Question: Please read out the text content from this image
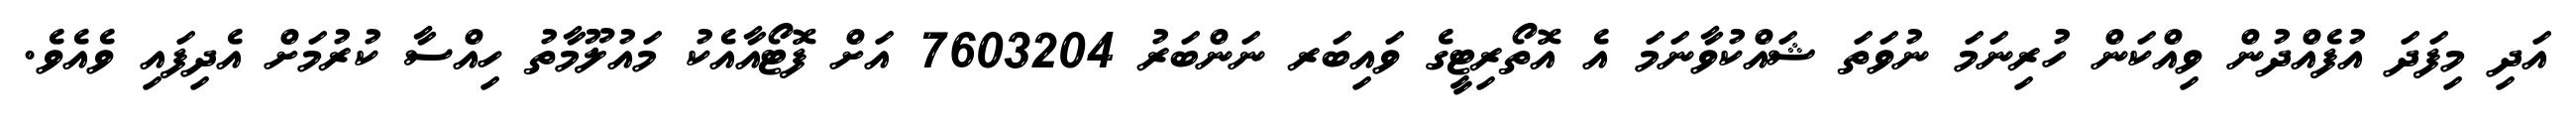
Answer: އަދި މިފަދަ އުފެއްދުން ވިއްކަން ހުރިނަމަ ނުވަތަ ޝައްކުވާނަމަ އެ އޮތޯރިޓީގެ ވައިބަރ ނަންބަރު 7603204 އަށް ފޮޓޯއާއެކު މައުލޫމާތު ހިއްސާ ކުރުމަށް އެދިފައި ވެއެވެ.